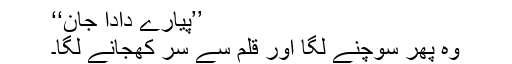
’’پیارے دادا جان‘‘
وہ پھر سوچنے لگا اور قلم سے سر کھجانے لگا۔